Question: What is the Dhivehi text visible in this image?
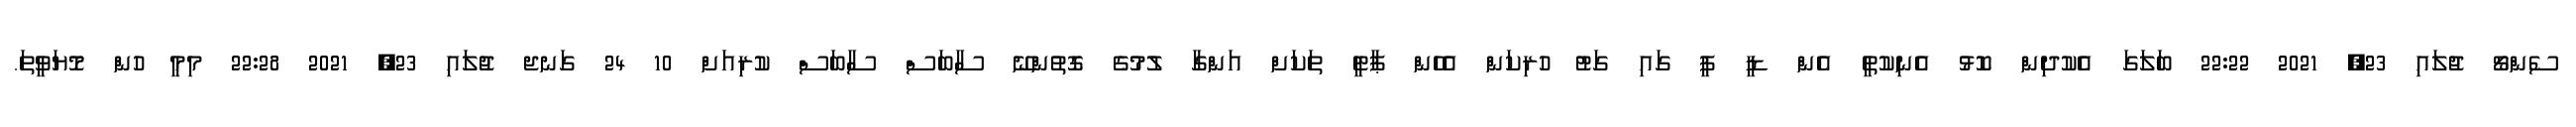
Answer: ސެންޗޯ ޖުލައި 23, 2021 22:22 ބަލަގަ އެކުދިން ކޮޅު އެނިކުތީ އެން ޑީ ޕީ ގައި ގަޓު ހުރިކަން އެހެން ޕާޓީ ތަކަށް އަންގާ ލުމުގެ ގޮތުންނޭ ސާބަސް ސާބަސް ކުރިއަށް 10 24 ގަނޖ ޖުލައި 23, 2021 22:28 މިމީ ހުން މޮޔަވީތަ.